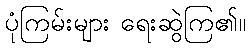
ပုံကြမ်းများ ရေးဆွဲကြ၏။